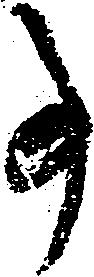
事